Civil Veterinary Department Bihar & Orissa reports 1922-29 - 1922-1929
Year: 1922
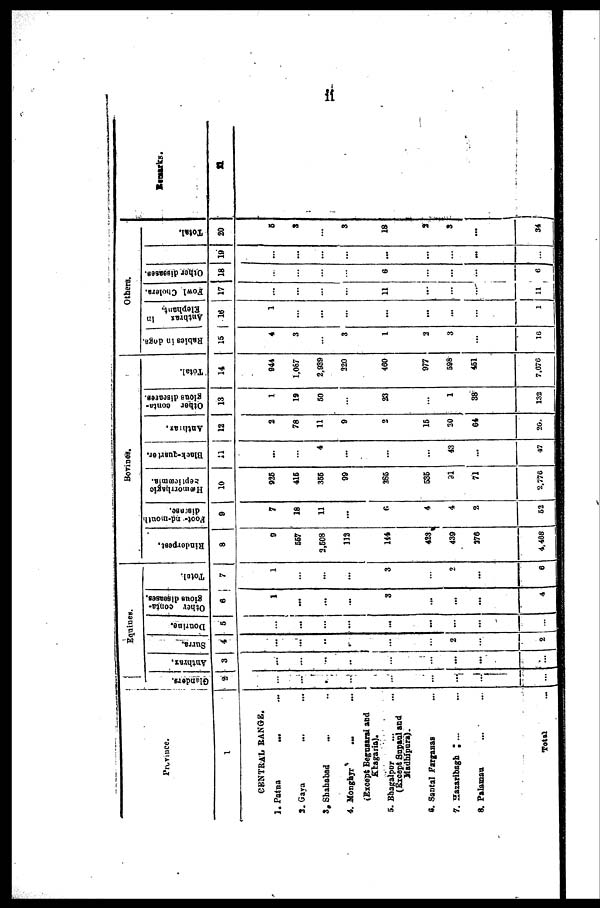
ii
Province.
1
CENTRAL BANGS.
1. Patna
...
2. Gaya
3. Shahabad
4. Monghyr
...
(Except Begussrai and
Khagaria).
5. Bhagalpur
(Except Supaul and
Madhipura).
6. Santal Parganas
7. Hasaribagh
...
8. Palamau
Total
Eqnines.
Glanders.
2
...
...
...
...
...
...
...
...
...
Anthrax.
3
...
...
...
...
...
...
...
...
...
Surra.
4
...
...
...
...
...
...
2
...
2
Dourine.
5
...
...
...
...
...
...
...
...
...
Other conta-
gious diseases.
6
...
...
...
...
3
...
...
...
4
Total.
7
1
...
...
...
3
...
2
...
6
Bovines.
Rinderpest.
Foot- nd-mouth
discsse.
8
9
9
557
3,508
112
144
428
439
376
4,468
7
18
11
...
6
4
4
2
62
Hæmorrhagic
Septicæmia.
10
925
41S
365
99
365
535
91
71
2.776
Black-quarter.
11
...
4
...
43
47
Anthrax.
12
2
78
11
9
2
15
20
64
20.
Other conta-
gions diseases.
13
1
19
50
23
1
38
132
Total.
14
944
1,087
2,939
320
460
977
598
451
7,076
Others.
Babies in dogs.
Anthrax
in
Elephant.
15
4
3
3
1
3
3
16
16
1
...
...
...
...
...
...
l
Fowl Cholera.
17
...
...
...
...
11
...
...
...
...
Other diseases.
18
...
...
...
...
6
...
...
...
6
19
...
...
...
...
...
...
...
...
...
Total.
20
6
3
3
18
2
3
34
Remarks.
21